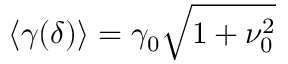
\langle \gamma ( \delta ) \rangle = \gamma _ { 0 } \sqrt { 1 + \nu _ { 0 } ^ { 2 } }